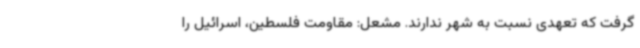
گرفت که تعهدی نسبت به شهر ندارند. مشعل: مقاومت فلسطین، اسرائیل را